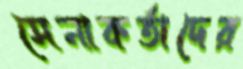
সেনাকর্তাদের